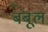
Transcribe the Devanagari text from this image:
बंबूल